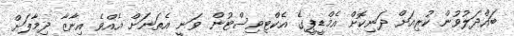
ބައްދަލުވުން ކުރިއަށް ދަނިކޮށް އެމްޑީޕީގެ އެކްޓިވިސްޓުން ވަނީ އެތަނަށް އެއްވެ އިނާޒާ ދިމާލަށް